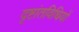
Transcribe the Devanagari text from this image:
दृष्टांतविधियों